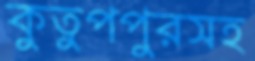
কুতুপপুরসহ